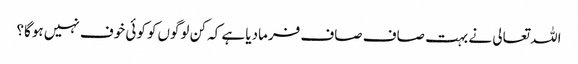
اللہ تعالی نے بہت صاف صاف فرمادیا ہے کہ کن لوگوں‌کو کوئی خوف نہیں‌ ہوگا؟